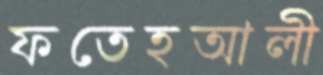
ফতেহআলী